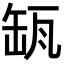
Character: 𦈪